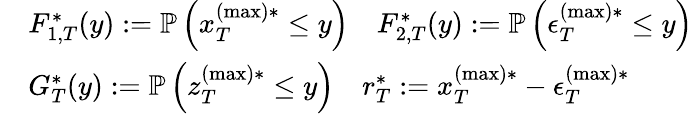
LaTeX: \begin{array}{rl}&{F_{1,T}^{*}(y):=\mathbb{P}\left(x_{T}^{(\operatorname*{max})*}\leq y\right)\quad F_{2,T}^{*}(y):=\mathbb{P}\left(\epsilon_{T}^{(\operatorname*{max})*}\leq y\right)}\\ &{G_{T}^{*}(y):=\mathbb{P}\left(z_{T}^{(\operatorname*{max})*}\leq y\right)\quad r_{T}^{*}:=x_{T}^{(\operatorname*{max})*}-\epsilon_{T}^{(\operatorname*{max})*}}\end{array}